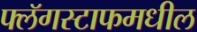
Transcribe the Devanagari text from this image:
फ्लॅगस्टाफमधील